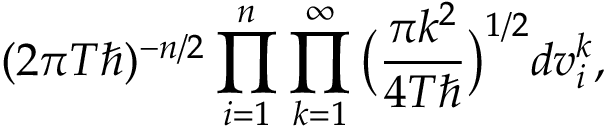
( 2 \pi T \hbar ) ^ { - n / 2 } \prod _ { i = 1 } ^ { n } \prod _ { k = 1 } ^ { \infty } \big ( \frac { \pi k ^ { 2 } } { 4 T \hbar } \big ) ^ { 1 / 2 } d v _ { i } ^ { k } ,